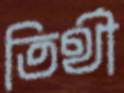
তির্থী